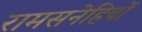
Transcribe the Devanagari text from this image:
रामसनेहियों